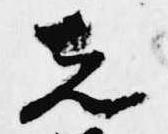
先